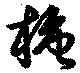
榶